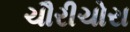
ચૌરીચોરા